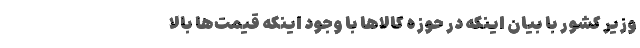
وزیر کشور با بیان اینکه در حوزه کالاها با وجود اینکه قیمت‌ها بالا